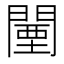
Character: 闉